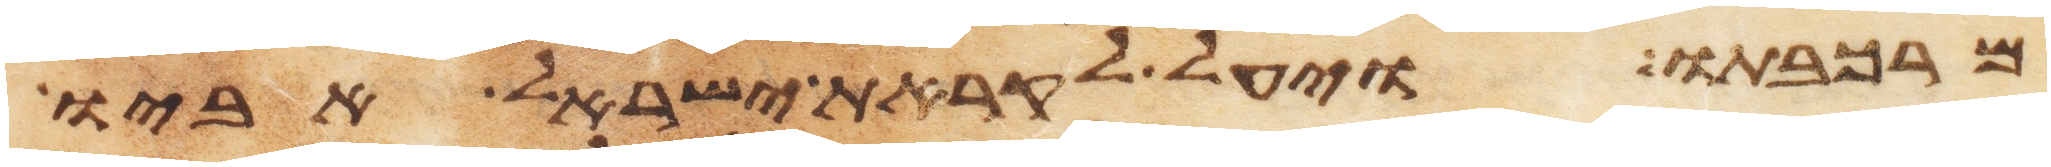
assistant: מרכבתו ויעל לקראת ישראל אביו